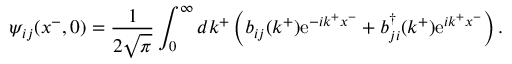
\psi _ { i j } ( x ^ { - } , 0 ) = \frac { 1 } { 2 \sqrt { \pi } } \int _ { 0 } ^ { \infty } d k ^ { + } \left( b _ { i j } ( k ^ { + } ) \mathrm { e } ^ { - i k ^ { + } x ^ { - } } + b _ { j i } ^ { \dag } ( k ^ { + } ) \mathrm { e } ^ { i k ^ { + } x ^ { - } } \right) .